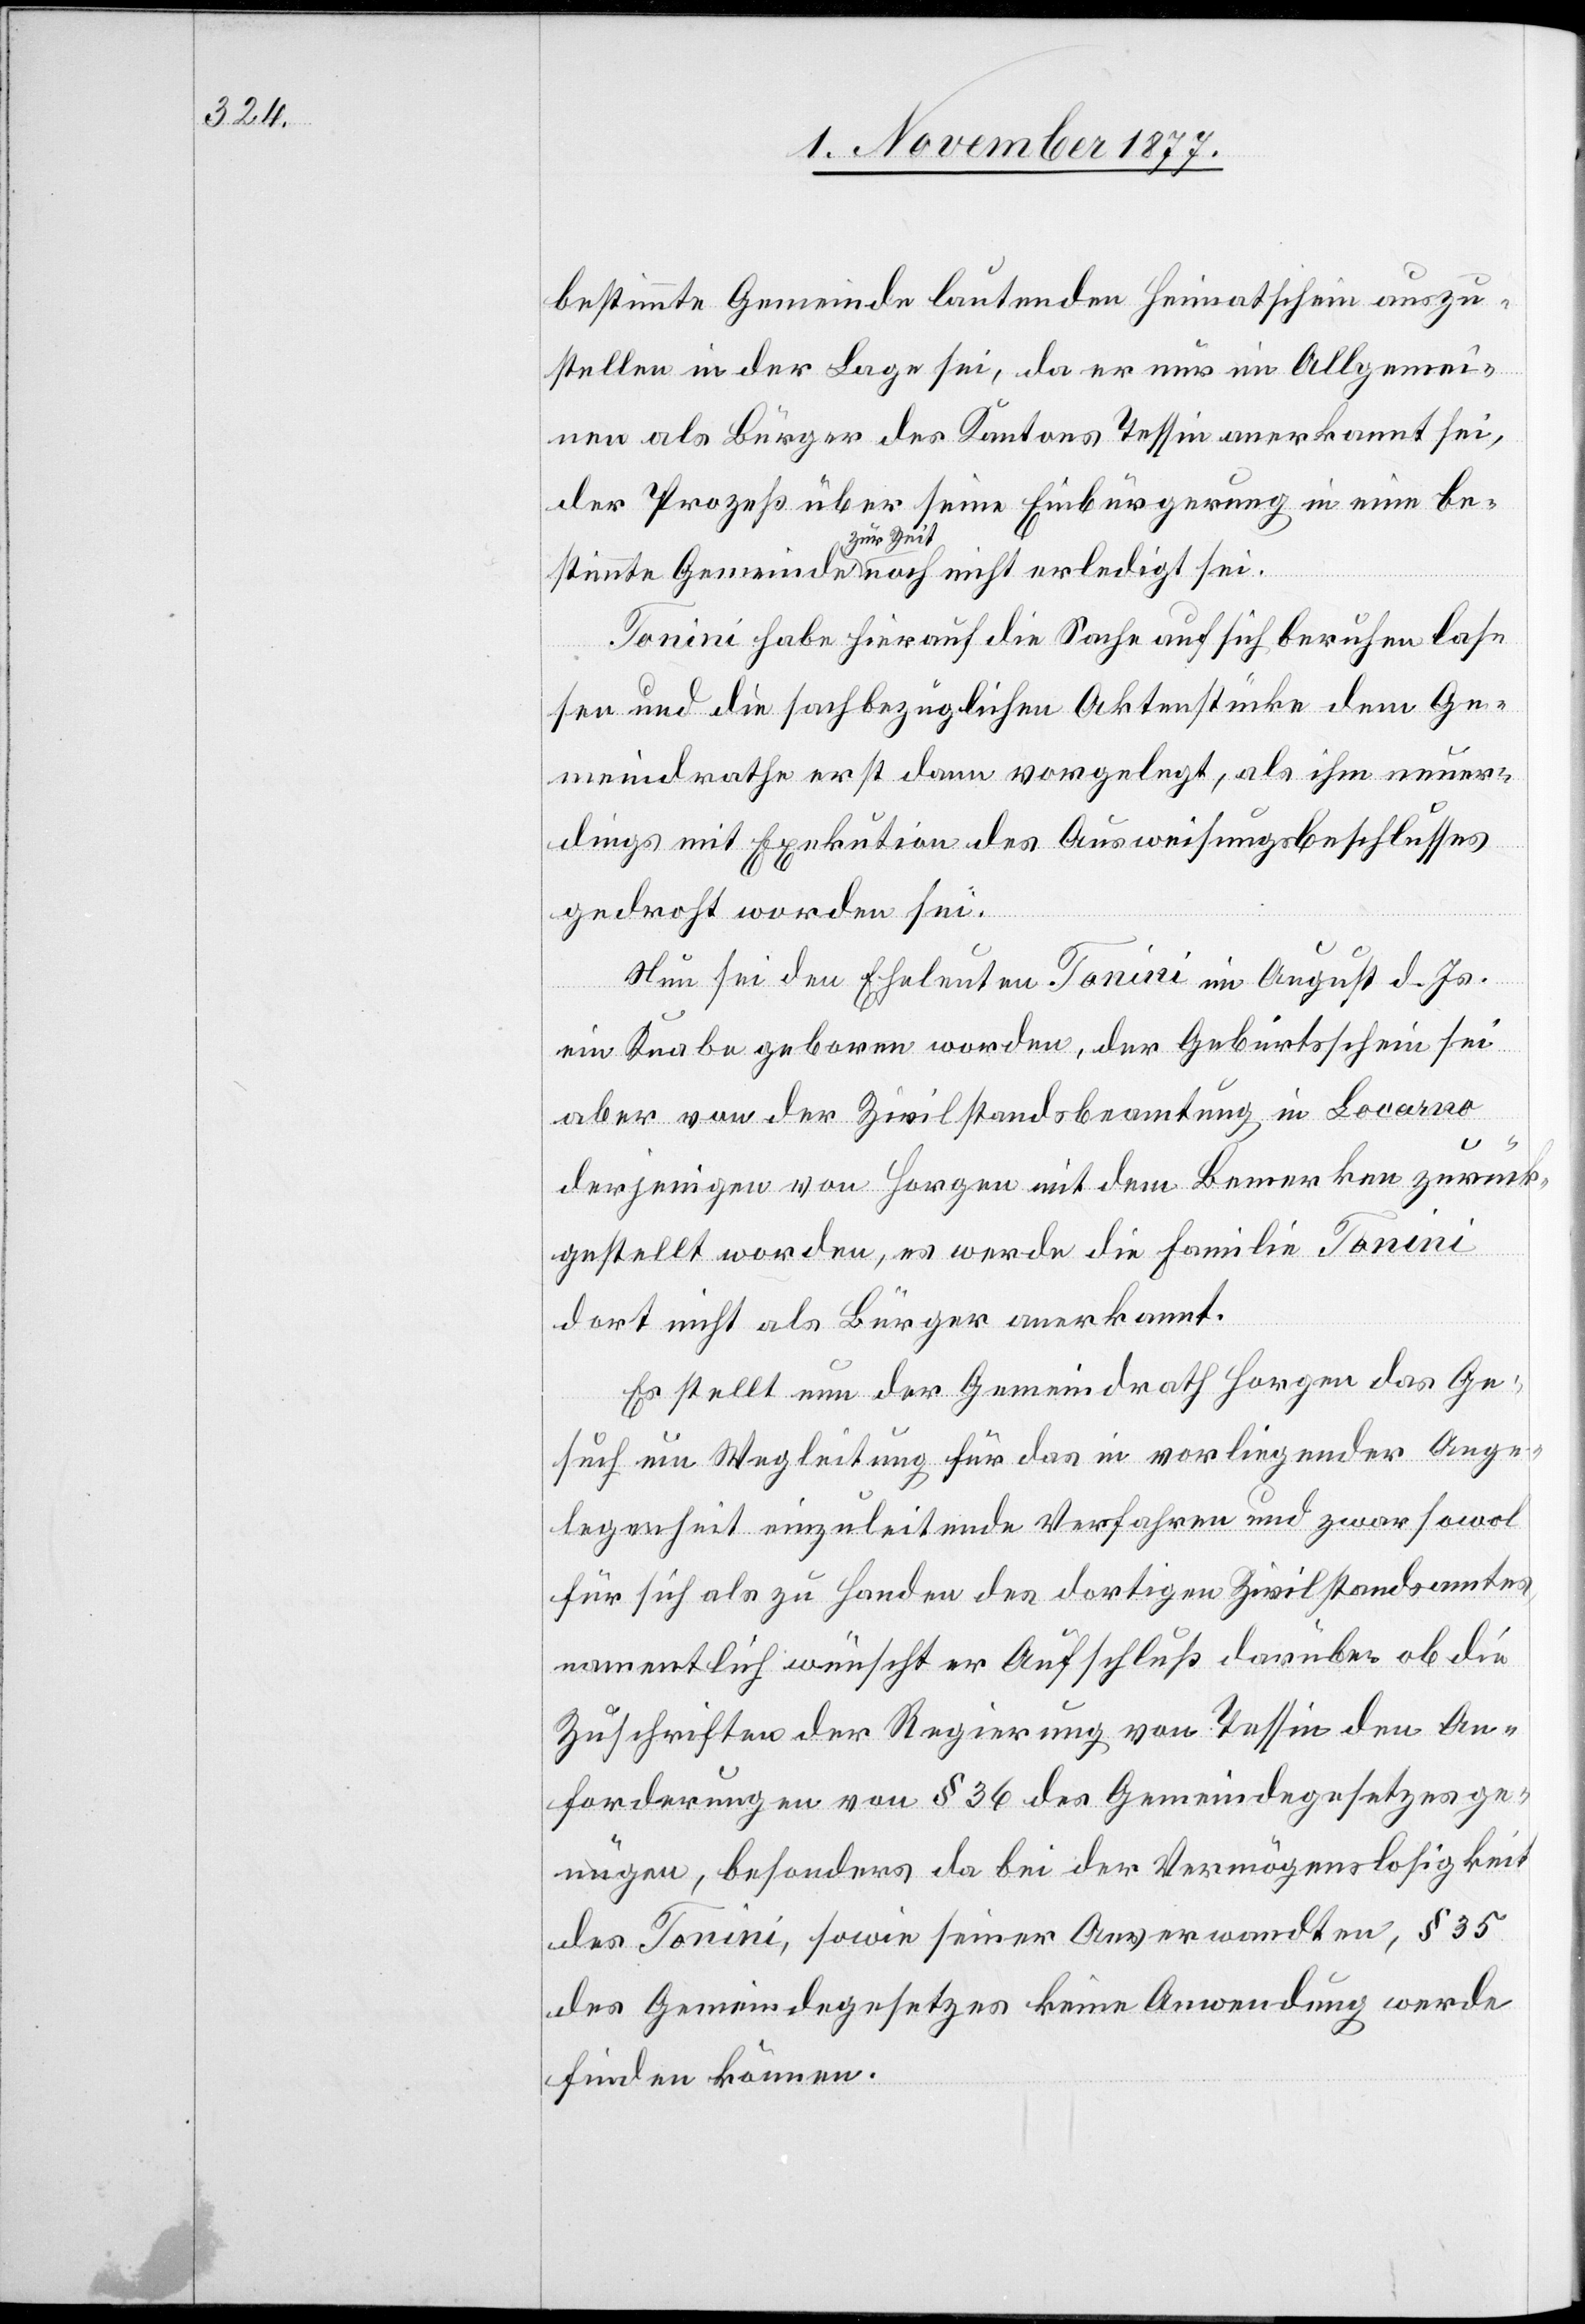
bestimmte Gemeinde lautenden Heimatschein auszu¬
stellen in der Lage sei, da er nur im Allgemei¬
nen als Bürger des Kantons Tessin anerkannt sei,
der Prozeß über seine Einbürgerung in eine bes¬
zur Zeit
sei.
Tonini habe hierauf die Sache auf sich beruhen las¬
sen und die sachbezüglichen Aktenstücke dem Ge¬
meindrathe erst dann vorgelegt, als ihm neuer¬
dings mit Exekution des Ausweisungsbeschlusses
gedroht worden sei.
Nun sei den Eheleuten Tonini im August d. Js.
ein Knabe geboren worden, der Geburtsschein sei
aber von der Zivilstandsbeamtung in Locarno
derjenigen von Horgen mit dem Bemerken zurück¬
gestellt worden, es werde die Familie Tonini
dort nicht als Bürger anerkannt.
Es stellt nun der Gemeindrath Horgen das Ge¬
such um Wegleitung für das in vorliegender Ange¬
legenheit einzuleitende Verfahren und zwar sowol
für sich als zu Handen des dortigen Zivilstandsamtes,
namentlich wünscht er Aufschluß darüber ob die
Zuschriften der Regierung von Tessin den An¬
forderungen von § 36 des Gemeindegesetzes ge¬
nügen, besonders da bei der Vermögenslosigkeit
des Tonini, sowie seiner Anverwandten, § 35
des Gemeindegesetzes keine Anwendung werde
finden können.